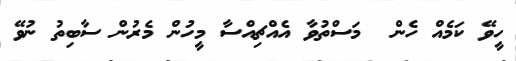
ހީވޭ ކަމެއް ހެން  މަސްތުވާ އެއްޗިއްސާ މީހުން މެރުން ސާބިތު ނުވޭ